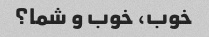
خوب، خوب و شما؟